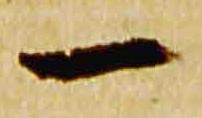
一